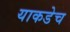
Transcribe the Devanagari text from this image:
याकडेच